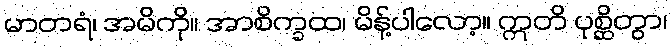
မာတရံ၊ အမိကို။ အာစိက္ခထ၊ မိန့်ပါလော့။ ဣတိ ပုစ္ဆိတွာ၊